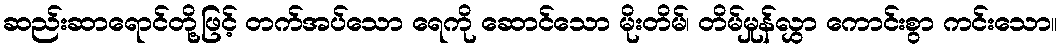
ဆည်းဆာရောင်တို့ဖြင့် တက်အပ်သော ရေကို ဆောင်သော မိုးတိမ်၊ တိမ်မှုန်လွှာ ကောင်းစွာ ကင်းသော။